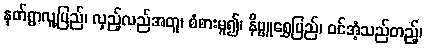
နတ်ရွာလူ့ပြည်၊ လှည့်လည်အတူ၊ စံစားမူ၍၊ နိဗ္ဗူရွှေပြည်၊ ဝင်အံ့သည်တည့်၊